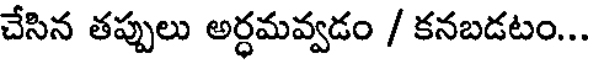
చేసిన తప్పులు అర్ధమవ్వడం / కనబడటం...